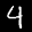
Label: 4